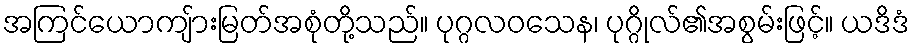
အကြင်ယောကျ်ားမြတ်အစုံတို့သည်။ ပုဂ္ဂလဝသေန၊ ပုဂ္ဂိုလ်၏အစွမ်းဖြင့်။ ယဒိဒံ